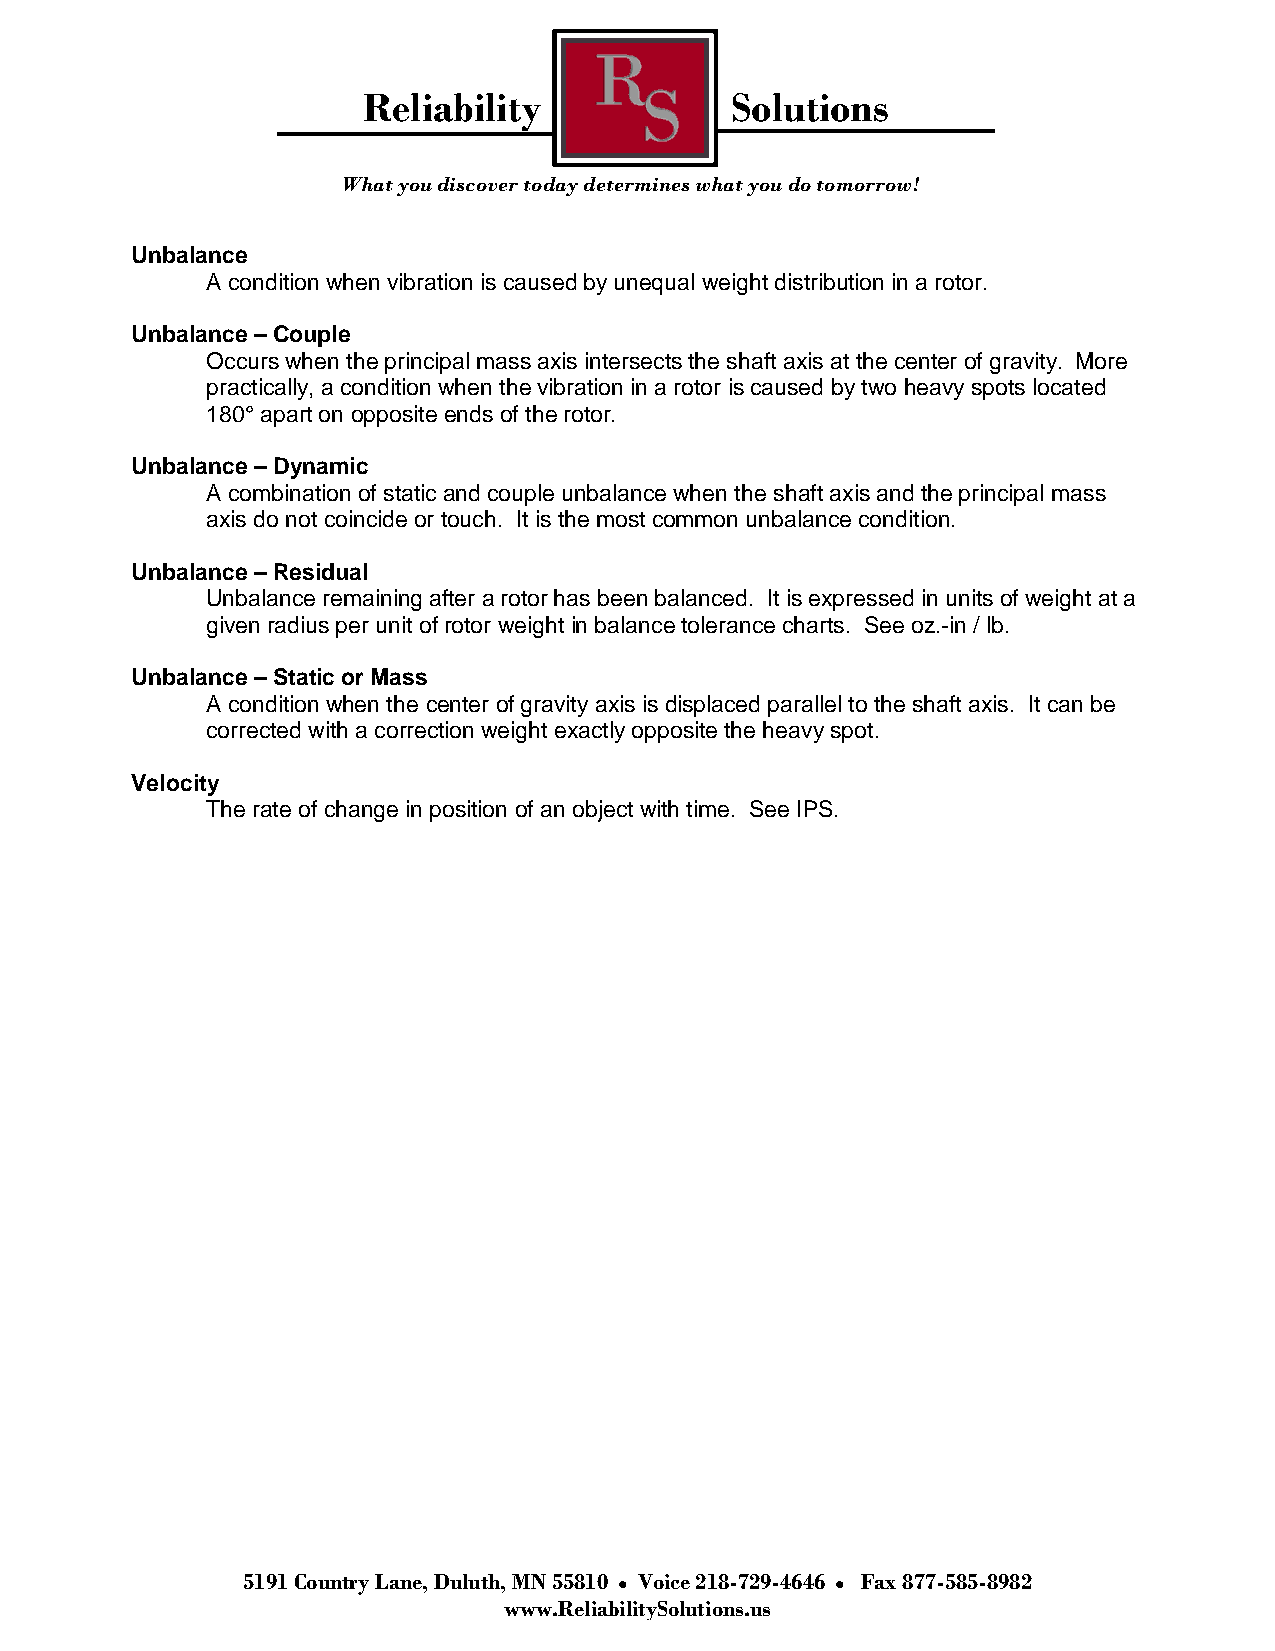
Reliability             Solutions
 What you discover today determines what you do tomorrow!
 Unbalance
 A condition when vibration is caused by unequal weight distribution in a rotor.
 Unbalance – Couple
 Occurs when the principal mass axis intersects the shaft axis at the center of gravity. More
 practically, a condition when the vibration in a rotor is caused by two heavy spots located
 180° apart on opposite ends of the rotor.
 Unbalance – Dynamic
 A combination of static and couple unbalance when the shaft axis and the principal mass
 axis do not coincide or touch. It is the most common unbalance condition.
 Unbalance – Residual
 Unbalance remaining after a rotor has been balanced. It is expressed in units of weight at a
 given radius per unit of rotor weight in balance tolerance charts. See oz.-in / lb.
 Unbalance – Static or Mass
 A condition when the center of gravity axis is displaced parallel to the shaft axis. It can be
 corrected with a correction weight exactly opposite the heavy spot.
 Velocity
 The rate of change in position of an object with time. See IPS.
 5191 Country Lane, Duluth, MN 55810 Voice 218-729-4646 Fax 877-585-8982
 www.ReliabilitySolutions.us